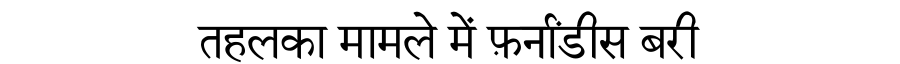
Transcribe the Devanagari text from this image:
तहलका मामले में फ़र्नांडीस बरी